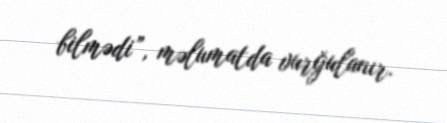
bilmədi”, məlumatda vurğulanır.